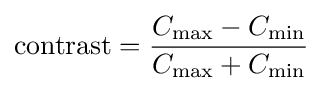
{\text{contrast}}={\frac {C_{\max }-C_{\min }}{C_{\max }+C_{\min }}}